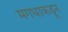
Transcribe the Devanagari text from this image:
मगधाकडून